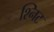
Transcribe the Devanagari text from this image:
श्निट